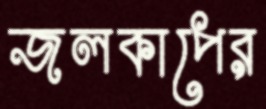
জলকাপের